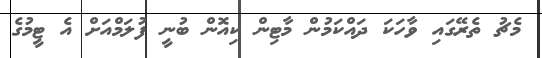
މެޗު ތެރޭގައި ވާހަކަ ދައްކަމުން މާޓިން ކިއޮން ބުނީ ފުލަމްއަށް އެ ޓީމުގެ